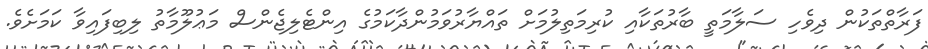
ފަރާތްތަކުން ދިވެހި ސަލާމަތީ ބާރުތަކާއި ކުރިމަތިލުމަށް ތައްޔާރުވަމުންދާކަމުގެ އިންޓެލިޖެންސް މަޢުލޫމާތު ލިބިފައިވާ ކަމަށެވެ.